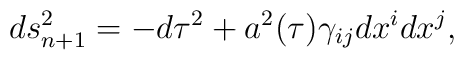
ds^2_{n+1}=-d\tau^2+a^2(\tau)\gamma_{ij}dx^idx^j,